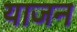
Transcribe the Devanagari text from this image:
याजन